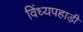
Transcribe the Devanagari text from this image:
विंध्यपहाड़ी